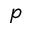
p